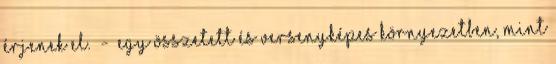
érjenek el. - Egy összetett és versenyképes környezetben, mint